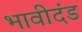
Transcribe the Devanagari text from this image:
भावीदंड